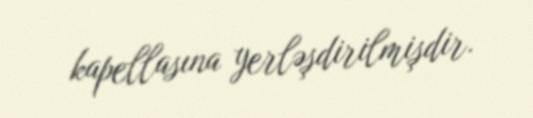
kapellasına yerləşdirilmişdir.